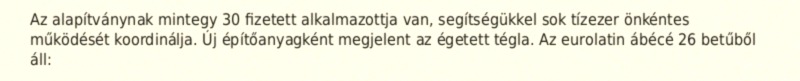
Az alapítványnak mintegy 30 fizetett alkalmazottja van, segítségükkel sok tízezer önkéntes működését koordinálja. Új építőanyagként megjelent az égetett tégla. Az eurolatin ábécé 26 betűből áll: